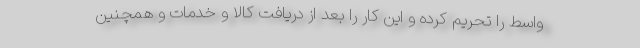
واسط را تحریم کرده و این کار را بعد از دریافت کالا و خدمات و همچنین